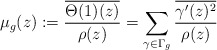
\begin{align*}\mu_g(z):=\frac{\overline{\Theta(1)(z)}}{\rho(z)}=\sum_{\gamma \in \Gamma_g} \frac{\overline{\gamma'(z)^2}}{\rho(z)}\end{align*}